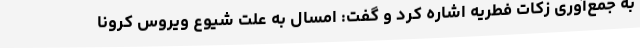
به جمع‌آوری زکات فطریه اشاره کرد و گفت: امسال به علت شیوع ویروس کرونا